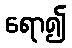
ရော၍